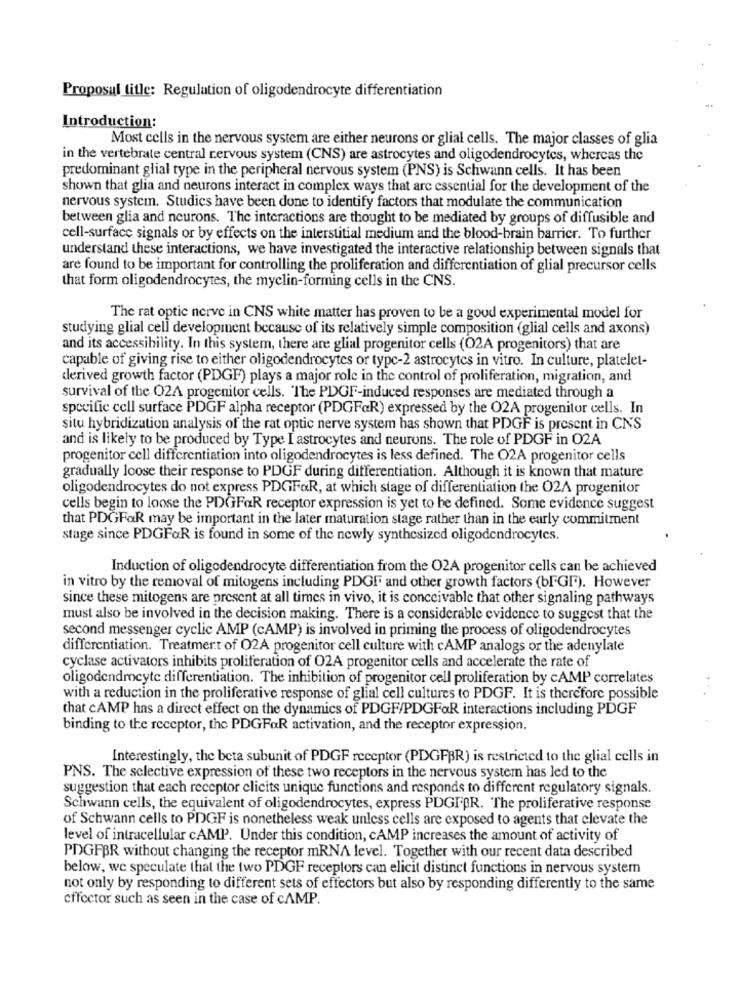
Proposal title: Regulation of oligodendrocyte differentiation
Introduction:
Most cells in the nervous system are either neurons or glial cells. The major classes of glia
in the vertebrate central nervous system (CNS) are astrocytes and oligodendrocytes, whereas the
predominant glial type in the peripheral nervous system (PNS) is Schwann cells. It has been
shown that glia and neurons interact in complex ways that are essential for the development of the
nervous system. Studies have been done to identify factors that modulate the communication
between glia and neurons. The interactions are thought to be mediated by groups of diffusible and
cell-surface signals or by effects on the interstitial medium and the blood-brain barrier. To further
understand these interactions, we have investigated the interactive relationship between signals that
are found to be important for controlling the proliferation and differentiation of glial precursor cells
that form oligodendrocytes, the myelin-forming cells in the CNS.
The rat optic nerve in CNS white matter has proven to be a good experimental model for
studying glial cell development because of its relatively simple composition (glial cells and axons)
and its accessibility. In this system, there are glial progenitor cells (O2A progenitors) that are
capable of giving rise to either oligodendrocytes or type-2 astrocytes in vitro. In culture, platelet-
derived growth factor (PDGF) plays a major role in the control of proliferation, migration, and
survival of the 02A progenitor cells. The PDGF-induced responses are mediated through a
specific cell surface PDGF alpha receptor (PDGFaR) expressed by the O2A progenitor cells. In
situ hybridization analysis of the rat optic nerve system has shown that PDGF is present in CNS
and is likely to be produced by Type I astrocytes and neurons. The role of PDGF in O2A
progenitor cell differentiation into oligodendrocytes is less defined. The O2A progenitor cells
gradually loose their response to PDGF during differentiation. Although it is known that mature
oligodendrocytes do not express PDGFOR, at which stage of differentiation the 02A progenitor
cells begin to loose the PDGFaR receptor expression is yet to be defined. Some evidence suggest
that PDGFOR may be important in the later maturation stage rather than in the early commitment
stage since PDGFOR is found in some of the newly synthesized oligodendrocytes.
Induction of oligodendrocyte differentiation from the O2A progenitor cells can be achieved
in vitro by the removal of mitogens including PDGF and other growth factors (bFGF). However
since these mitogens are present at all times in vivo, it is conceivable that other signaling pathways
must also be involved in the decision making. There is a considerable evidence to suggest that the
second messenger cyclic AMP (CAMP) is involved in priming the process of oligodendrocytes
differentiation. Treatment of 02A progenitor cell culture with cAMP analogs or the adenylate
cyclase activators inhibits proliferation of 02A progenitor cells and accelerate the rate of
oligodendrocyte differentiation. The inhibition of progenitor cell proliferation by cAMP correlates
with a reduction in the proliferative response of glial cell cultures to PDGF. It is therefore possible
that CAMP has a direct effect on the dynamics of PDGF/PDGFOR interactions including PDGF
binding to the receptor, the PDGFaR activation, and the receptor expression.
Interestingly, the beta subunit of PDGF receptor (PDGFBR) is restricted to the glial cells in
PNS. The selective expression of these two receptors in the nervous system has led to the
suggestion that each receptor clicits unique functions and responds to different regulatory signals.
Schwann cells, the equivalent of oligodendrocytes, express PDGIBR. The proliferative response
of Schwann cells to PDGF is nonetheless weak unless cells are exposed to agents that clevate the
level of intracellular cAMP. Under this condition, cAMP increases the amount of activity of
PDGFBR without changing the receptor mRNA level. Together with our recent data described
below, we speculate that the two PDGF receptors can elicit distinct functions in nervous system
not only by responding to different sets of effectors but also by responding differently to the same
effector such as seen in the case of cAMP.